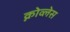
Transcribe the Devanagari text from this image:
क्नोव्लेस